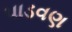
પાડવણ